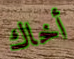
أخاك